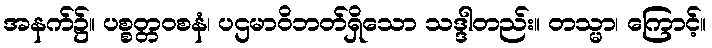
အနက်၌။ ပစ္စတ္တဝစနံ၊ ပဌမာဝိဘတ်ရှိသော သဒ္ဒါတည်း။ တသ္မာ၊ ကြောင့်။